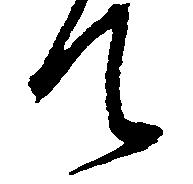
て